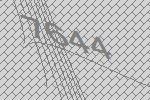
7644